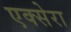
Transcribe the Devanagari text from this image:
एक्सेरा